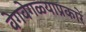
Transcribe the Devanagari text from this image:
वेगवेगळ्याप्रकारे